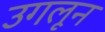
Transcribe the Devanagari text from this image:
उगलून